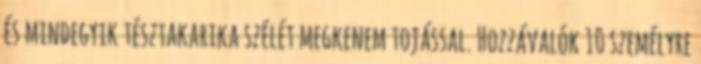
és mindegyik tésztakarika szélét megkenem tojással. Hozzávalók 10 személyre